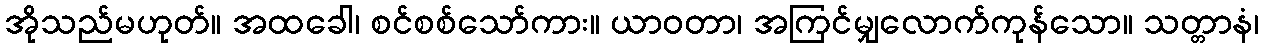
အိုသည်မဟုတ်။ အထခေါ၊ စင်စစ်သော်ကား။ ယာဝတာ၊ အကြင်မျှလောက်ကုန်သော။ သတ္တာနံ၊